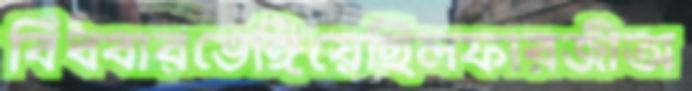
বিঁধবারভেঙ্গিয়েছিলফারজীঅ